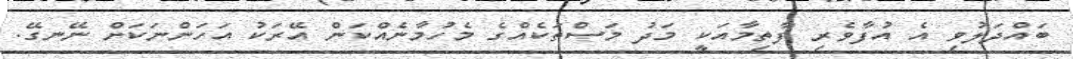
ބައްދަލުވި އެ އުފާވެރި ފާތިމާއަކީ މަދު މަސްތަކެއްގެ މެހުމާނެއްކަން އޭރަކު އަހަންނަކަށް ނޭނގޭ.